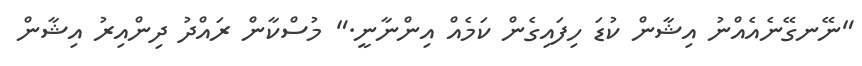
"ނޭނގޭނެއެއްނު އިޝާން ކުޑަ ހިފައިގެން ކަމެއް އިންނާނީ." މުސްކާން ރައްދު ދިންއިރު އިޝާން